Indian journal of veterinary science and animal husbandry - Volume 9,
Year: 1939
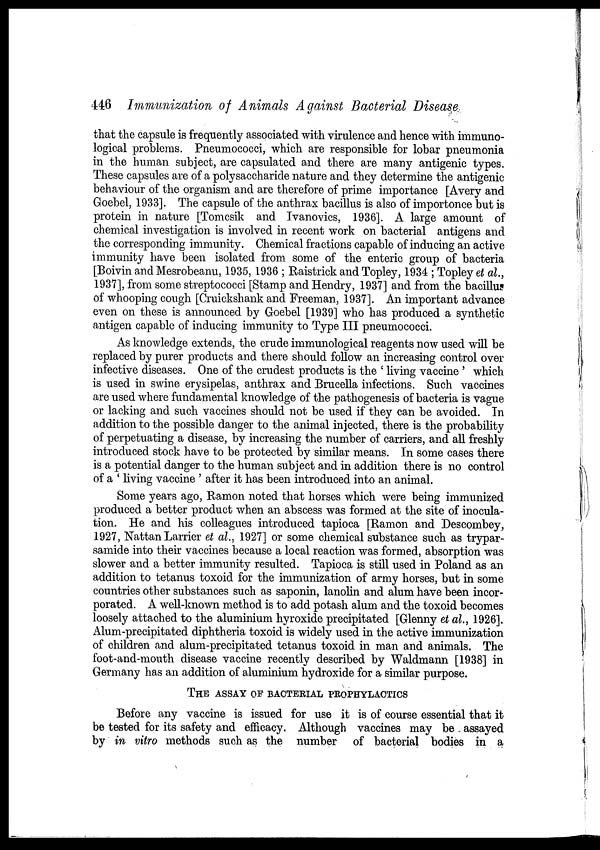
446 Immunization of Animals Against Bacterial Disease
that the capsule is frequently associated with virulence and hence with immuno-
logical problems. Pneumococci, which are responsible for lobar pneumonia
in the human subject, are capsulated and there are many antigenic types.
These capsules are of a polysaccharide nature and they determine the antigenic
behaviour of the organism and are therefore of prime importance [Avery and
Goebel, 1933]. The capsule of the anthrax bacillus is also of importonce but is
protein in nature [Tomcsik and Ivanovics, 1936]. A large amount of
chemical investigation is involved in recent work on bacterial antigens and
the corresponding immunity. Chemical fractions capable of inducing an active
immunity have been isolated from some of the enteric group of bacteria
[Boivin and Mesrobeanu, 1935, 1936 ; Raistrick and Topley, 1934 ; Topley et al.,
1937], from some streptococci [Stamp and Hendry, 1937] and from the bacillus
of whooping cough [Cruickshank and Freeman, 1937]. An important advance
even on these is announced by Goebel [1939] who has produced a synthetic
antigen capable of inducing immunity to Type III pneumococci.
As knowledge extends, the crude immunological reagents now used will be
replaced by purer products and there should follow an increasing control over
infective diseases. One of the crudest products is the ' living vaccine ' which
is used in swine erysipelas, anthrax and Brucella infections. Such vaccines
are used where fundamental knowledge of the pathogenesis of bacteria is vague
or lacking and such vaccines should not be used if they can be avoided. In
addition to the possible danger to the animal injected, there is the probability
of perpetuating a disease, by increasing the number of carriers, and all freshly
introduced stock have to be protected by similar means. In some cases there
is a potential danger to the human subject and in addition there is no control
of a ' living vaccine ' after it has been introduced into an animal.
Some years ago, Ramon noted that horses which were being immunized
produced a better product when an abscess was formed at the site of inocula-
tion. He and his colleagues introduced tapioca [Ramon and Descombey,
1927, Nattan Larrier et al., 1927] or some chemical substance such as trypar-
samide into their vaccines because a local reaction was formed, absorption was
slower and a better immunity resulted. Tapioca is still used in Poland as an
addition to tetanus toxoid for the immunization of army horses, but in some
countries other substances such as saponin, lanolin and alum have been incor-
porated. A well-known method is to add potash alum and the toxoid becomes
loosely attached to the aluminium hyroxide precipitated [Glenny et al., 1926].
Alum-precipitated diphtheria toxoid is widely used in the active immunization
of children and alum-precipitated tetanus toxoid in man and animals. The
foot-and-mouth disease vaccine recently described by Waldmann [1938] in
Germany has an addition of aluminium hydroxide for a similar purpose.
THE ASSAY OF BACTERIAL PROPHYLACTICS
Before any vaccine is issued for use it is of course essential that it
be tested for its safety and efficacy. Although vaccines may be assayed
by in vitro methods such as the number of bacterial bodies in a